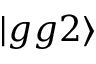
| g g 2 \rangle